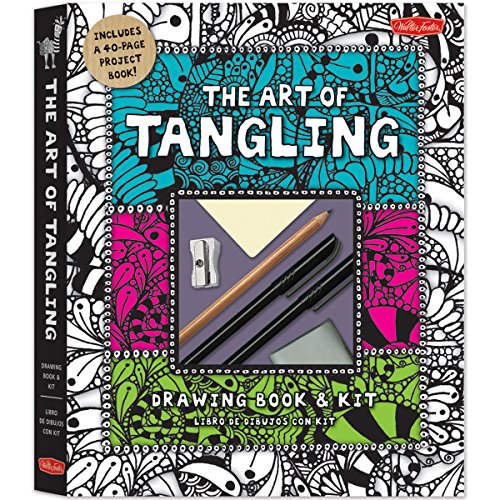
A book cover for The Art of Tangling Drawing Book & Kit: Inspiring drawings, designs & ideas for the meditative artist; Walter Foster Creative Team; Arts & Photography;